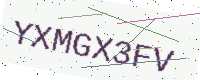
Text: YXMGX3FV